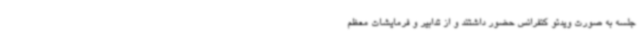
جلسه به صورت ویدئو کنفرانس حضور داشتند و از تدابیر و فرمایشات معظم